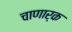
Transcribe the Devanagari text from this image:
चाणार्क